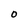
Character: O